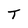
Character: T